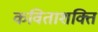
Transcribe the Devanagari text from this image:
कविताशक्ति